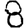
Digit: 8